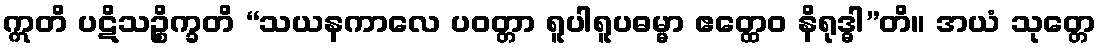
ဣတိ ပဋိသဉ္စိက္ခတိ “သယနကာလေ ပဝတ္တာ ရူပါရူပဓမ္မာ ဧတ္ထေဝ နိရုဒ္ဓါ”တိ။ အယံ သုတ္တေ